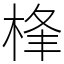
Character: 桻